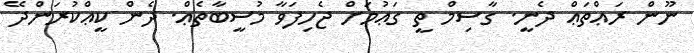
ނޫން ރަޢްތަޢް ދެނީ. ގާސިމް ތީ ގަޢުމަށް ޖެހިފަވާ މުސީބާތެޢް. ދެން ކީޢްކުރަންދޭ